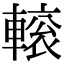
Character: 𨍽